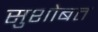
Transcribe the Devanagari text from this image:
सुशोबत